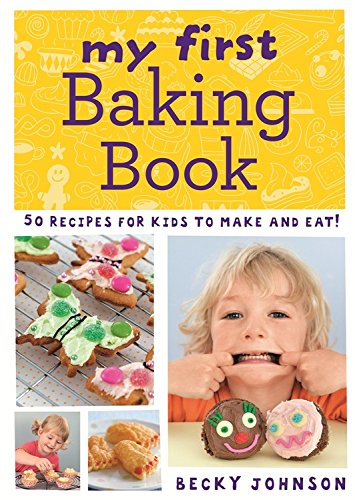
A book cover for My First Baking Book; Becky Johnson; Cookbooks, Food & Wine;